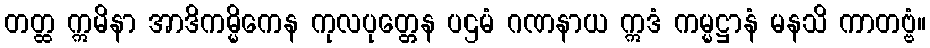
တတ္ထ ဣမိနာ အာဒိကမ္မိကေန ကုလပုတ္တေန ပဌမံ ဂဏနာယ ဣဒံ ကမ္မဋ္ဌာနံ မနသိ ကာတဗ္ဗံ။